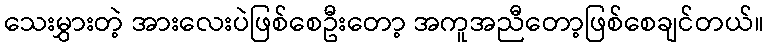
သေးမွှားတဲ့ အားလေးပဲဖြစ်စေဦးတော့ အကူအညီတော့ဖြစ်စေချင်တယ်။